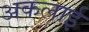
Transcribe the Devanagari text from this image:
अकलाई